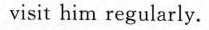
visit him regularly.